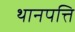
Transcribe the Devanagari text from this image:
थानपत्ति